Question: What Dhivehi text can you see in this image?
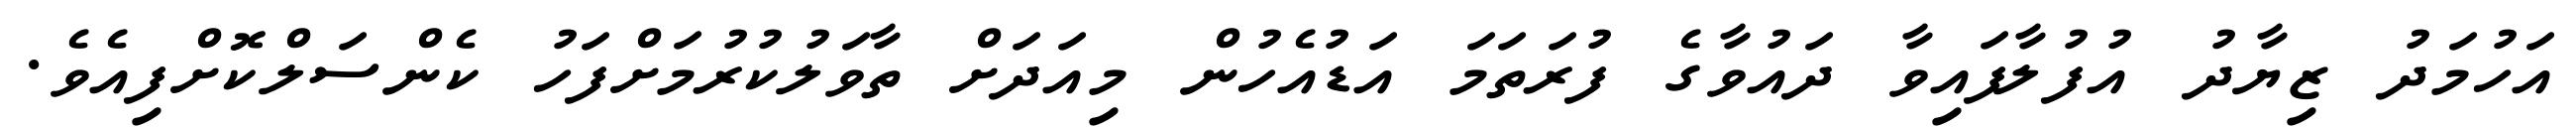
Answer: އަހުމަދު ޒިޔާދު އުފުލާފައިވާ ދައުވާގެ ފުރަތަމަ އަޑުއެހުން މިއަދަށް ތާވަލުކުރުމަށްފަހު ކެންސަލްކޮށްފިއެވެ.